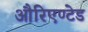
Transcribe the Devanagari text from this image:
औरिएण्टेड